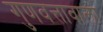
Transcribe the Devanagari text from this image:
गुणवत्तावाला